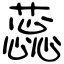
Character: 蕊